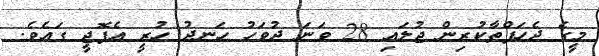
މީގެ ދެހަފްތާކުރިން ޖުލައި 28 ވަނަ ދުވަހު ހަނދު ހުރީ އެޕޮޖީ ގައެވެ.